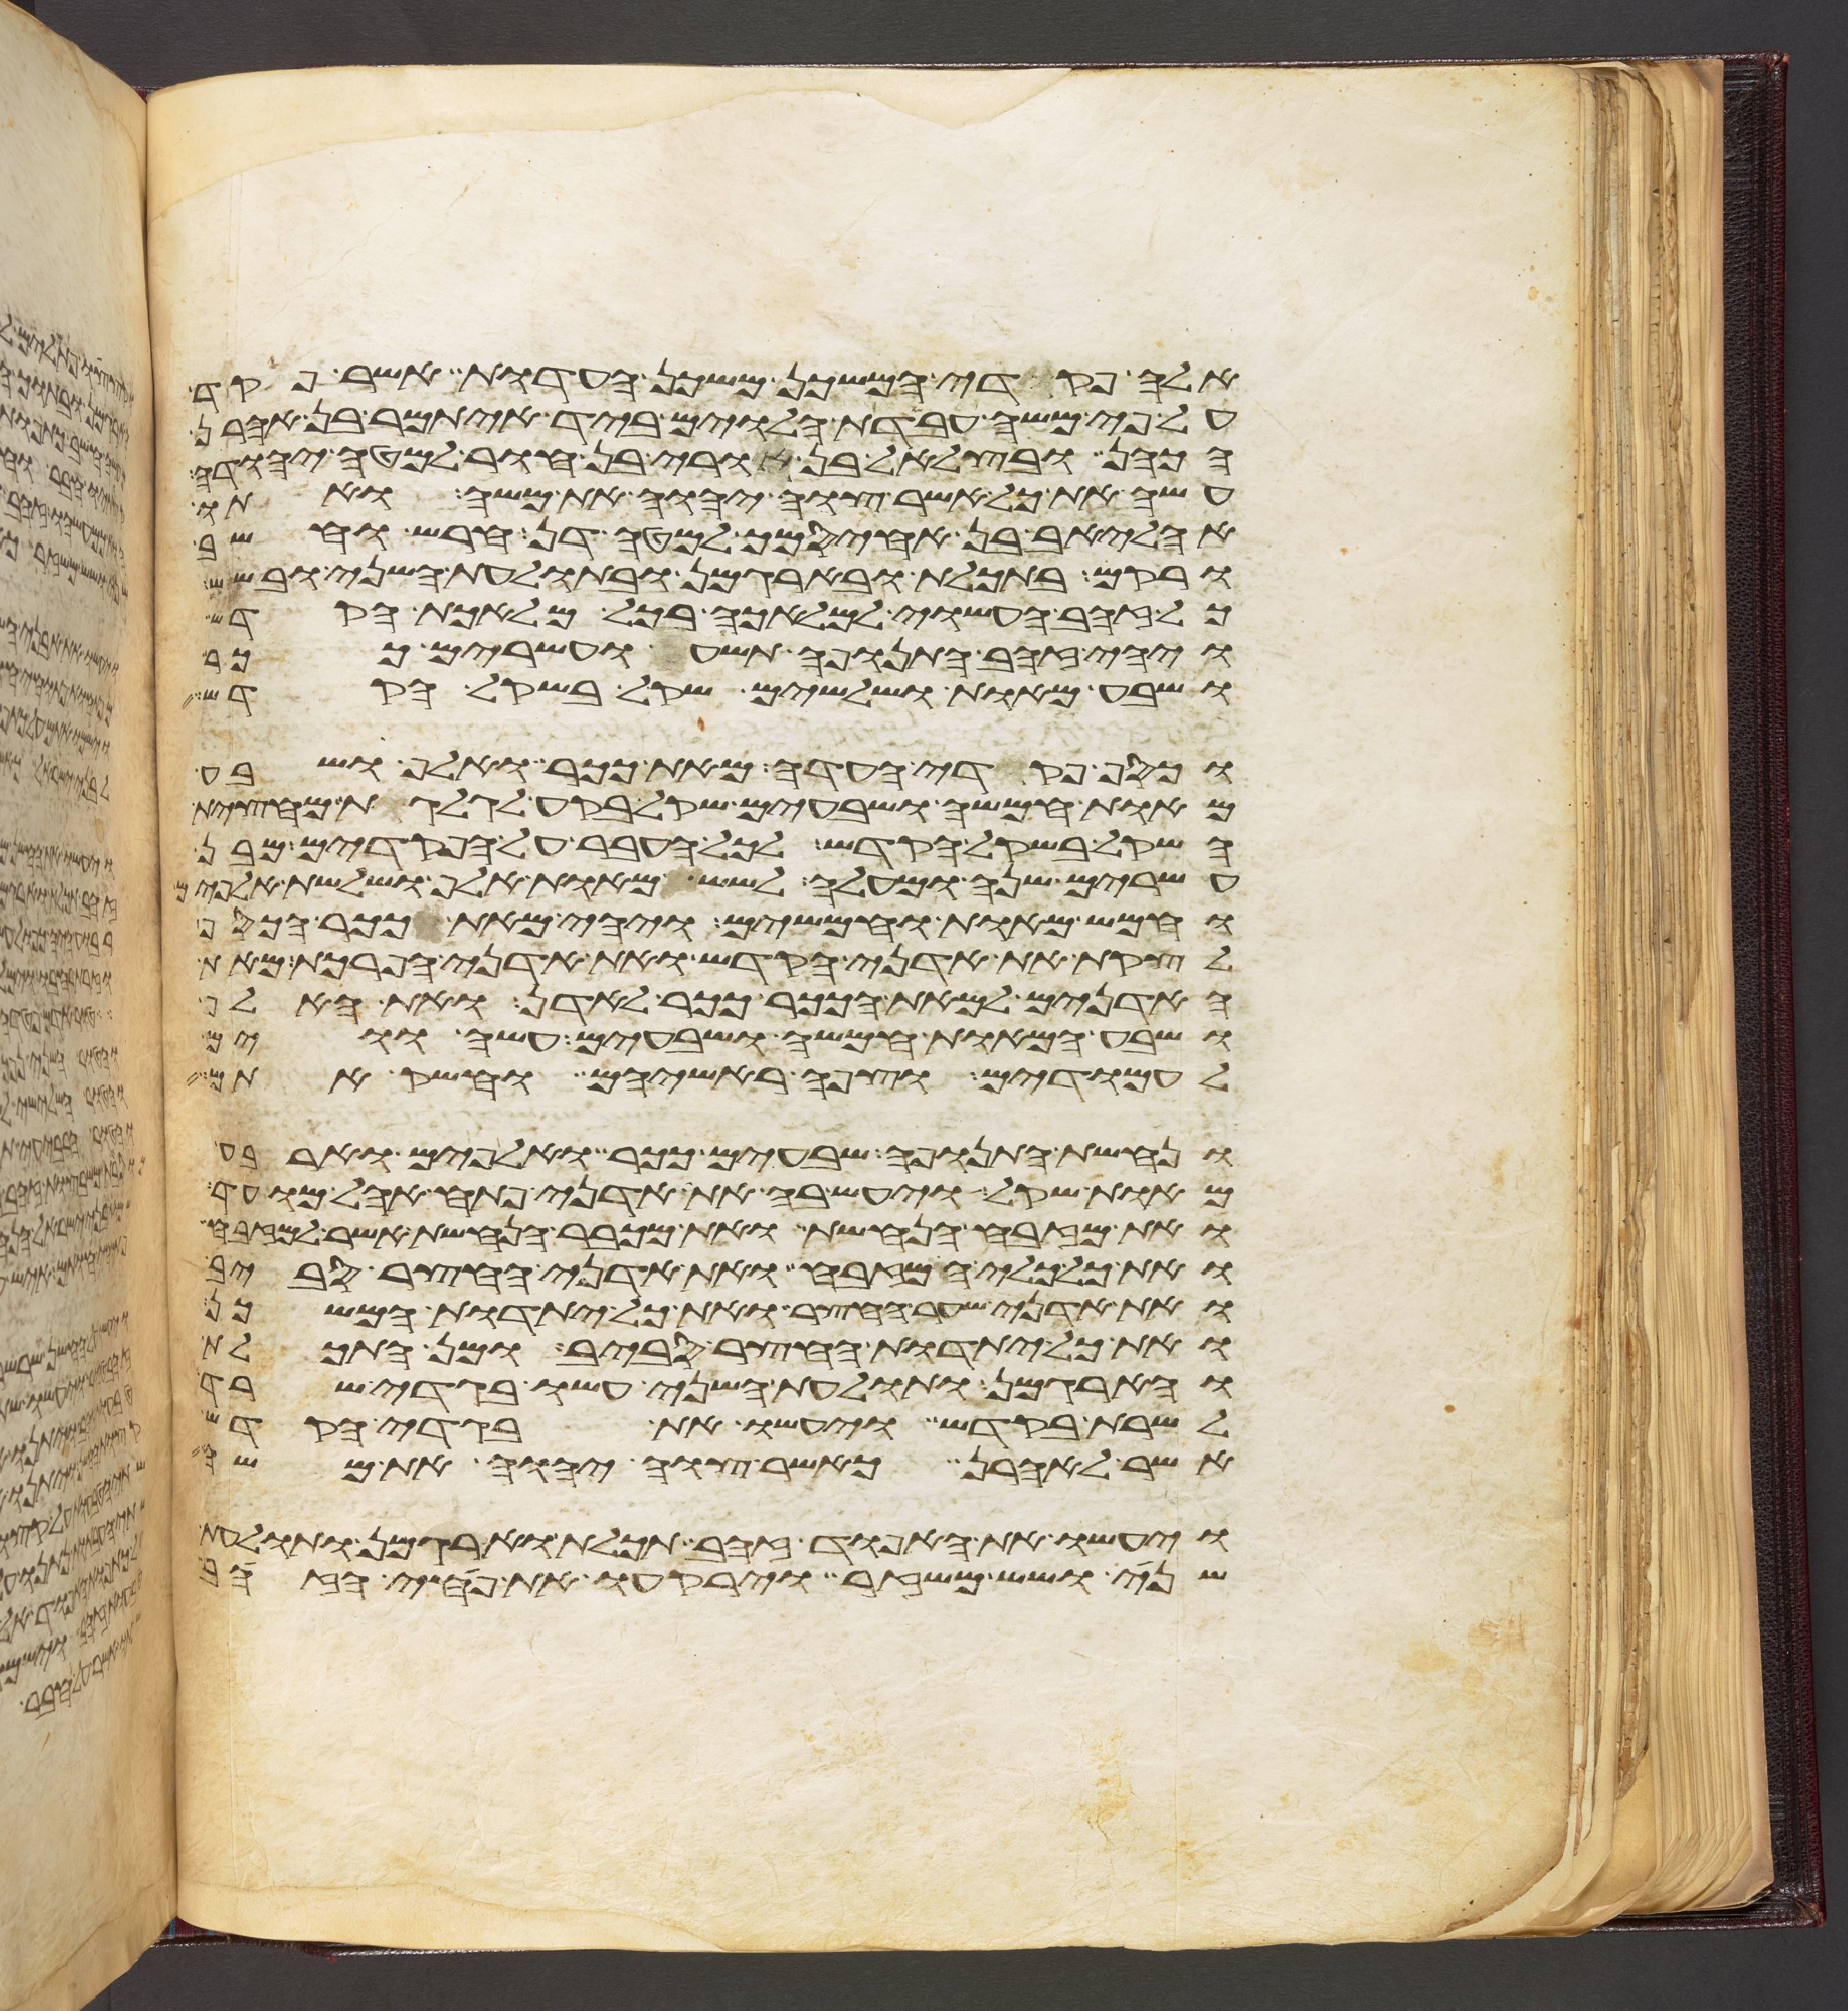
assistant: אלה פקדי המשכן משכן העדות אשר פקד
על פי משה עבדת הלוים ביד איתמר בן אהרן
הכהן ובצלאל בן אורי בן חור למטה יהודה
עשה את כל אשר צוה יהוה את משה ואתו
אהליאב בן אחיסמך למטה דן חרש וחשב
ורקם בתכלת ובארגמן ובתולעת השני ובשש
כל זהב העשוי למלאכה בכל מלאכת הקדש
ויהי זהב התנופה תשע ועשרים ככר
ושבע מאות ושלשים שקל בשקל הקדש
וכסף פקדי העדה מאת ככר ואלף ושבע
מאות חמשה ושבעים שקל בקע לגלגלת מחצית
השקל בשקל הקדש לכל העבר על הפקדים מבן
עשרים שנה ומעלה לשש מאות אלף ושלשת אלפים
וחמש מאות וחמשים ויהי מאת ככר הכסף
לקצת את אדני הקדש ואת אדני הפרכת מאת
האדנים למאת הככר ככר לאדן ואת האלף
ושבע המאות חמשה ושבעים עשה ווים
לעמודים וצפה ראשיהם וחשק אתם
ונחשת התנופה שבעים ככר ואלפים וארבע
מאות שקל ויעש בה את אדני פתח אהל מועד
ואת מזבח הנחשת ואת מכבר הנחשת אשר למזבח
ואת כל כלי המזבח ואת אדני החצר סביב
ואת אדני שער החצר ואת כל יתדות המשכן
ואת כל יתדות החצר סביב ומן התכלת
והארגמן ותולעת השני עשו בגדי שרד
לשרת בקדש ויעשו את בגדי הקדש
אשר לאהרן כאשר צוה יהוה את משה
ויעשו את האפוד זהב תכלת וארגמן ותולעת
שני ושש משזר וירקעו את פחי הזהב